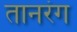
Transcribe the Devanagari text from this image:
तानरंग